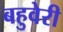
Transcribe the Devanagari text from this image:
बहुवेरी